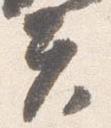
夫